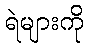
ရဲများကို